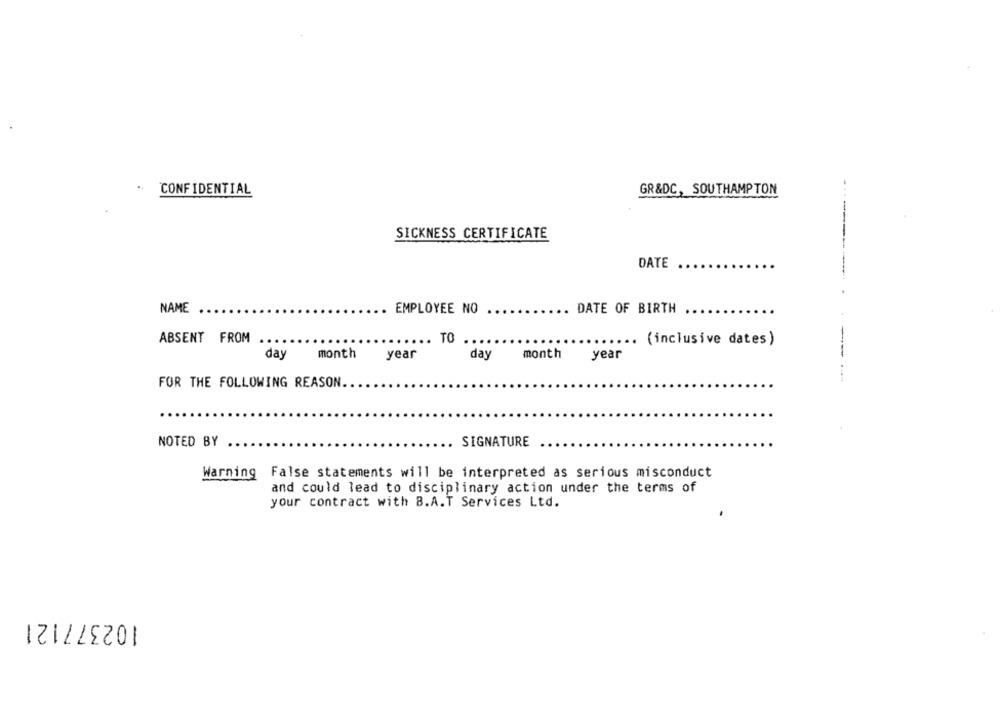
..
CONFIDENTIAL
GR&DC, SOUTHAMPTON
SICKNESS CERTIFICATE
DATE
NAME
EMPLOYEE NO
DATE OF BIRTH
ABSENT FROM
(inclusive dates )
.....
day
month
year
day
month
year
--
FOR THE FOLLOWING REASON.
NOTED BY
.. SIGNATURE
Warning False statements will be interpreted as serious misconduct
and could lead to disciplinary action under the terms of
your contract with B.A.T Services Ltd.
102377121